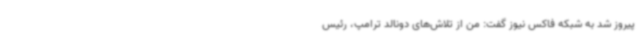
پیروز شد به شبکه فاکس نیوز گفت: من از تلاش‌های دونالد ترامپ، رئیس